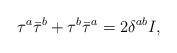
LaTeX: \begin{align*}\tau^a\bar\tau^b+\tau^b\bar\tau^a=2\delta^{ab}I, \end{align*}